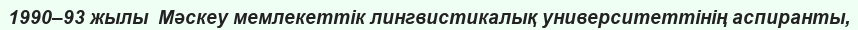
1990–93 жылы  Мәскеу мемлекеттік лингвистикалық университеттінің аспиранты,